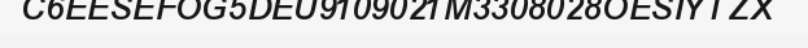
C6EESEFOG5DEU9109021M3308028OESIYTZX